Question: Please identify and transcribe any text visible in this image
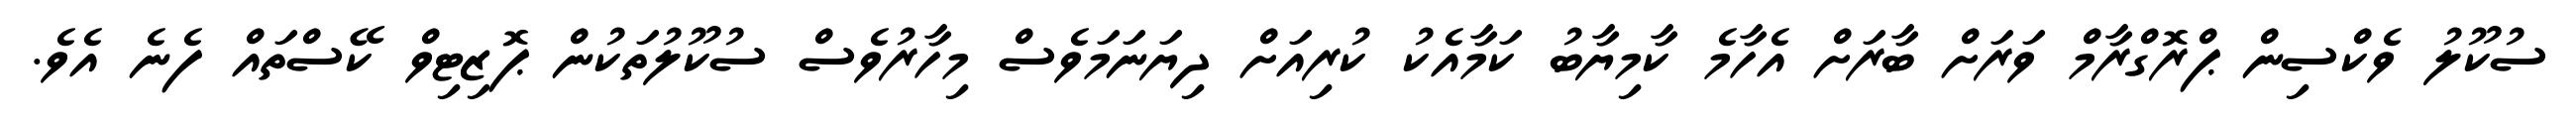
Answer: ސުކޫލު ވެކްސިން ޕްރޮގްރާމް ވަރަށް ބާރަށް އެހާމެ ކާމިޔާބު ކަމާއެކު ކުރިއަށް ދިޔަނަމަވެސް މިހާރުވެސް ސުކޫލުތަކުން ޕޮޒިޓިވް ކޭސްތައް ފެނެ އެވެ.